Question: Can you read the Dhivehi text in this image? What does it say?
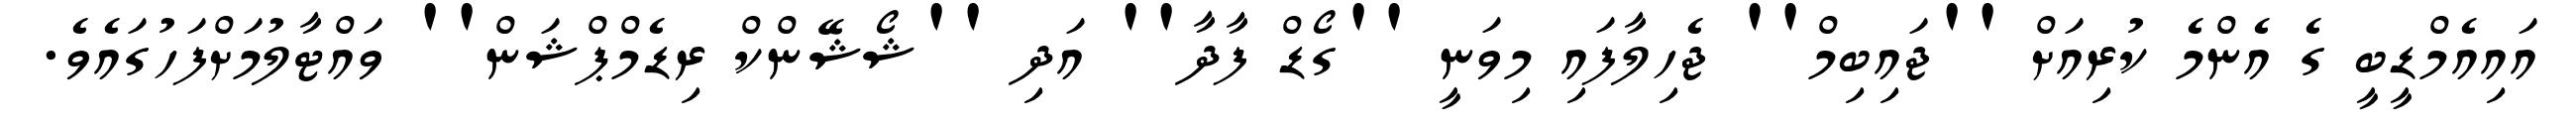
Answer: އައިއެމްޑީބީ ގެ އެންމެ ކުރިއަށް ''ޖައިބިމް'' ޖެހިލާފައި މިވަނީ ''ގޯޑް ފާދާ'' އަދި ''ޝޯޝޭންކް ރިޑެމްޕްޝަން'' ވައްޓާލުމަށްފަހުގައެވެ.